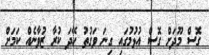
ގޮސް މޫދަށް ގޮސް އުޅުމުގައި ގިނަ ވަގުތު ހޭދަ ކުރާ ޒުވާނެއް ކަމަށް